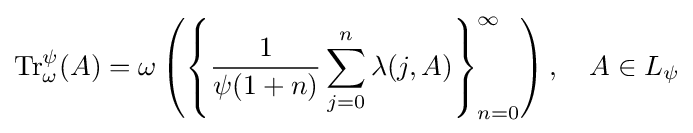
{\rm {Tr}}_{\omega }^{\psi }(A)=\omega \left(\left\{{\frac {1}{\psi (1+n)}}\sum _{j=0}^{n}\lambda (j,A)\right\}_{n=0}^{\infty }\right),\quad A\in L_{\psi }